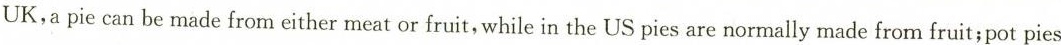
UK,a pie can be made from either meat or fruit,while in the US pies are normally made from fruit;pot pies